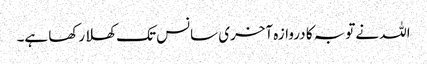
اللہ نے توبہ کا دروازہ آخری سانس تک کھلا رکھا ہے۔